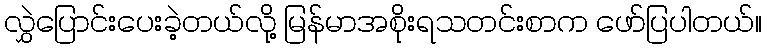
လွှဲပြောင်းပေးခဲ့တယ်လို့ မြန်မာအစိုးရသတင်းစာက ဖော်ပြပါတယ်။